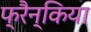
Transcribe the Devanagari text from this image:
फ्रैन्किया